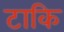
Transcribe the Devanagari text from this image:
टाकि